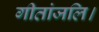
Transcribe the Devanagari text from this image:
गीतांजलि।